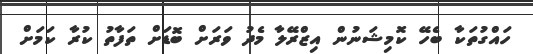
ހައްގުތަކާ ބެހޭ ކޮމިޝަނުން އިޒްރޭލާ މެދު ވަރަށް ބޮޑަށް ތަފާތު ކުރާ ކަމަށް